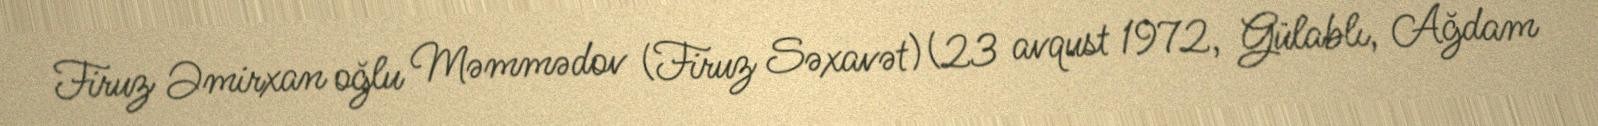
Firuz Əmirxan oğlu Məmmədov (Firuz Səxavət) (23 avqust 1972, Gülablı, Ağdam